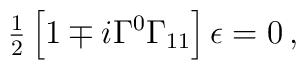
{\textstyle\frac{1}{2}}\left[1\mp i\Gamma^{0}\Gamma_{11}\right]  \epsilon =0\, ,